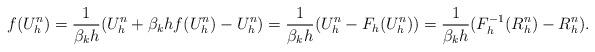
LaTeX: \begin{align*} f(U_h^n) = \frac{1}{\beta_k h}( U_h^n + \beta_k h f(U_h^n) - U_h^n ) = \frac{1}{\beta_k h} ( U_h^n - F_h (U_h^n) ) = \frac{1}{\beta_k h}( F_h^{-1}( R_h^n ) - R_h^n ). \end{align*}